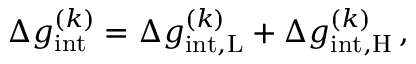
\begin{array} { r } { \Delta g _ { \mathrm { i n t } } ^ { ( k ) } = \Delta g _ { \mathrm { i n t , \mathrm { L } } } ^ { ( k ) } + \Delta g _ { \mathrm { i n t , \mathrm { H } } } ^ { ( k ) } \, , } \end{array}